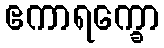
ဧကာရက္ခော